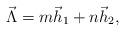
LaTeX: \begin{align*}\vec \Lambda = m \vec h_1 + n \vec h_2 , \end{align*}